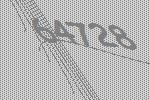
64728